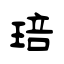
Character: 琣